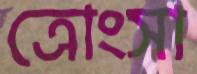
ত্রোংসা